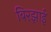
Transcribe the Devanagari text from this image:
बिरझाई